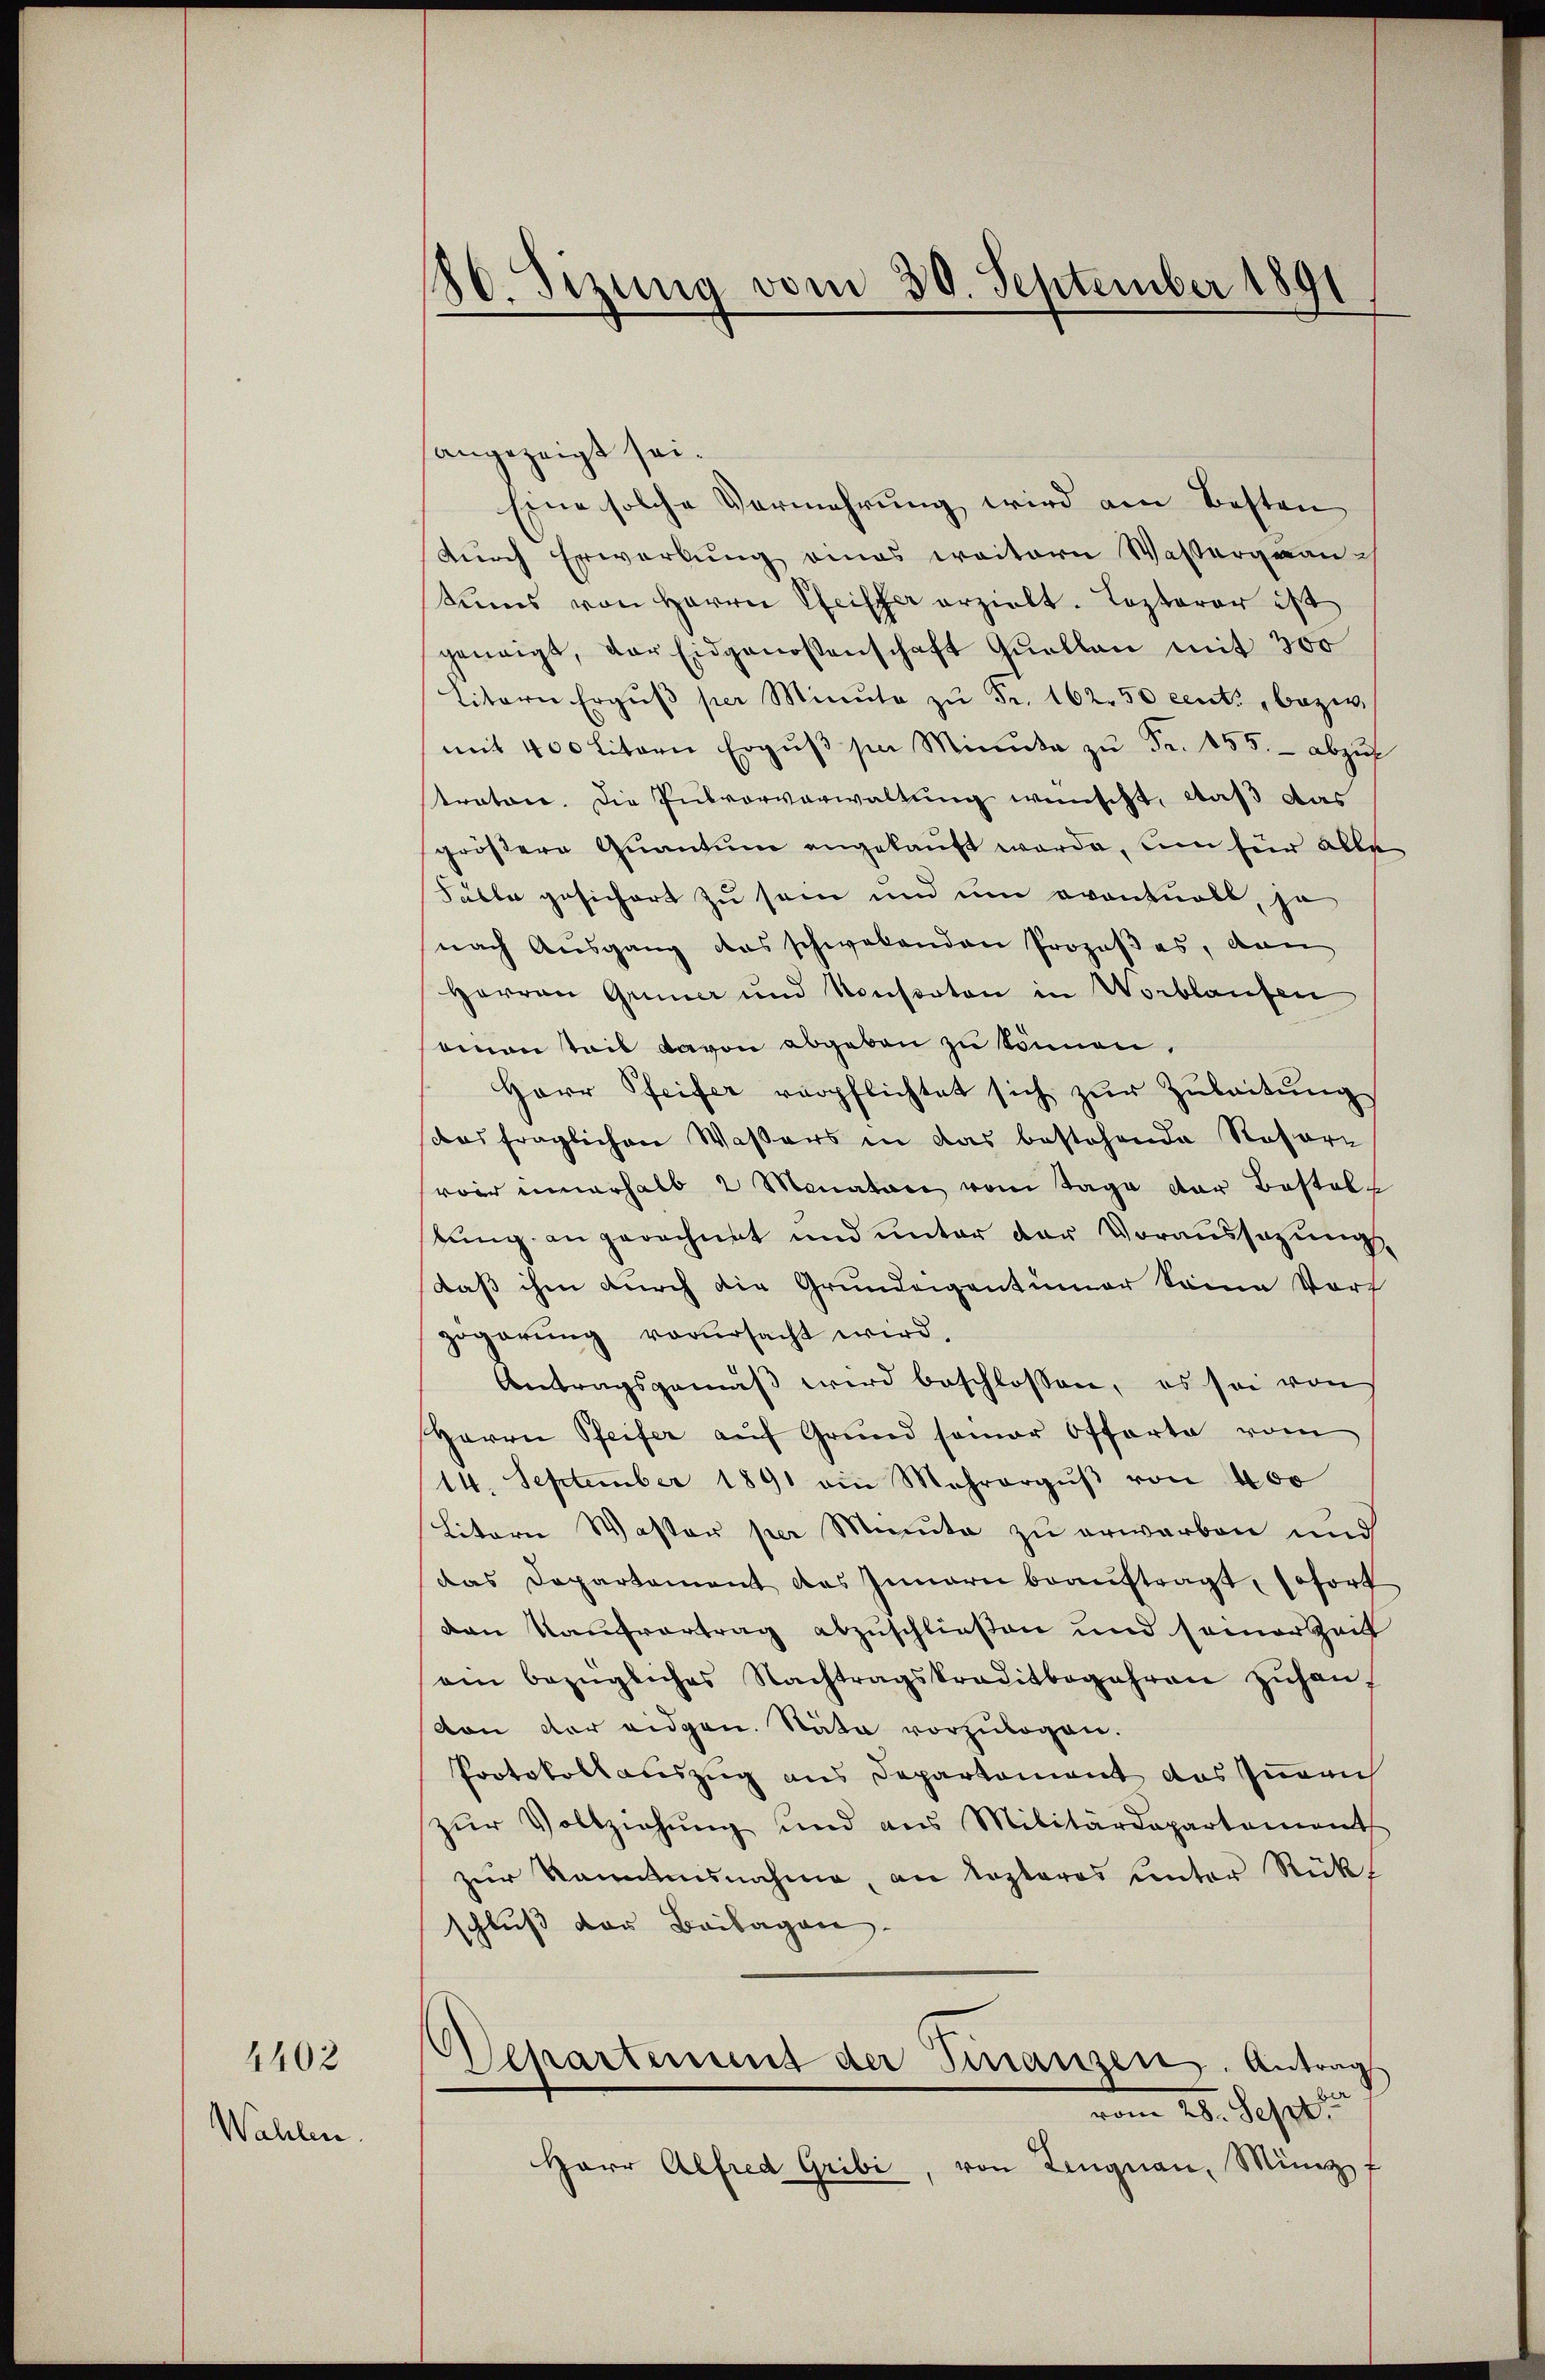
4402

Wahlen.

180. Sizung vom 30. September 1891

angezeigt sei.
Eine solche Vermehrung wird am Besten
durch Erwartung eines weitern Wassergrauch
teis von Herrn Pfeiffer erzielt. Lezterer ist
geneigt, der Eidgenossenschaft Quellen mit 300
litern Ergŭβ per Minute zŭ Fr. 162.50 centi, bezw.
mit 400 literie Ergŭβ sie Minuta zu Fr. 155. - abzuf
tratore. Die Putvorverwaltung wünscht, daß das
größere Quantum angekauft werde, um für alle
Fälle gesichert zu sein und um eventuell, je
nach Ausgang des schwabanden Prozeβas, von
Herren Grüner und Konstaton in Wortlaufen
einen Teil davon abgeben zu können.
Herr Pfeifer verpflichtet sich zur Zuleitung
das fraglichen Waßers in das bestehende Rosare
voir innerhalb 2 Monaten vom Tage der Bestalt
tung an gerechnet und unter der Voraussezungs
Daß ihm durch die Grundeigentümer Seine Vort
zogarŭng verŭrsacht wird.
Antragsgemäβ wird beschlossen, es sei von
Herrn Pfeifer aŭf Grund semar Offerte vom
14. September 1891 ein Mehrergŭβ von 400
Litern Waster per Minute zu erwerben und
das Departement des Innern beaŭftragt, sofort
ven Kaufvertrag abzuschließen und seiner Zeit
ein bezügliches Nachtragskreditbegehren zŭhan
von der eidgen. Stäte vorzŭlegen.
Protokollauszug aus Departement das Innerich
zŭr Vollziehŭng und aus Militärdepartaments
zur Ranntnisnahme, an lezteres unter Rücks
schluß der Beilagen
Departement der Finanzen. Antrags
28. Sept
Herr Alfred Gribi, von Lengnau, Münzf